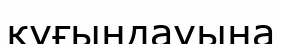
қуғындауына